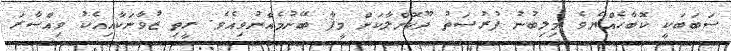
ސަބަބަކީ ކޮބާހެއްޔެވެ މިލިބުނު ފުރުސަތު ދޫކޮށްލާކަށް މީފާ ބޭނުމެއްނުވިއެވެ. ރީތި ޒުވާނަކާއިއެކު ވިއްސާރަ